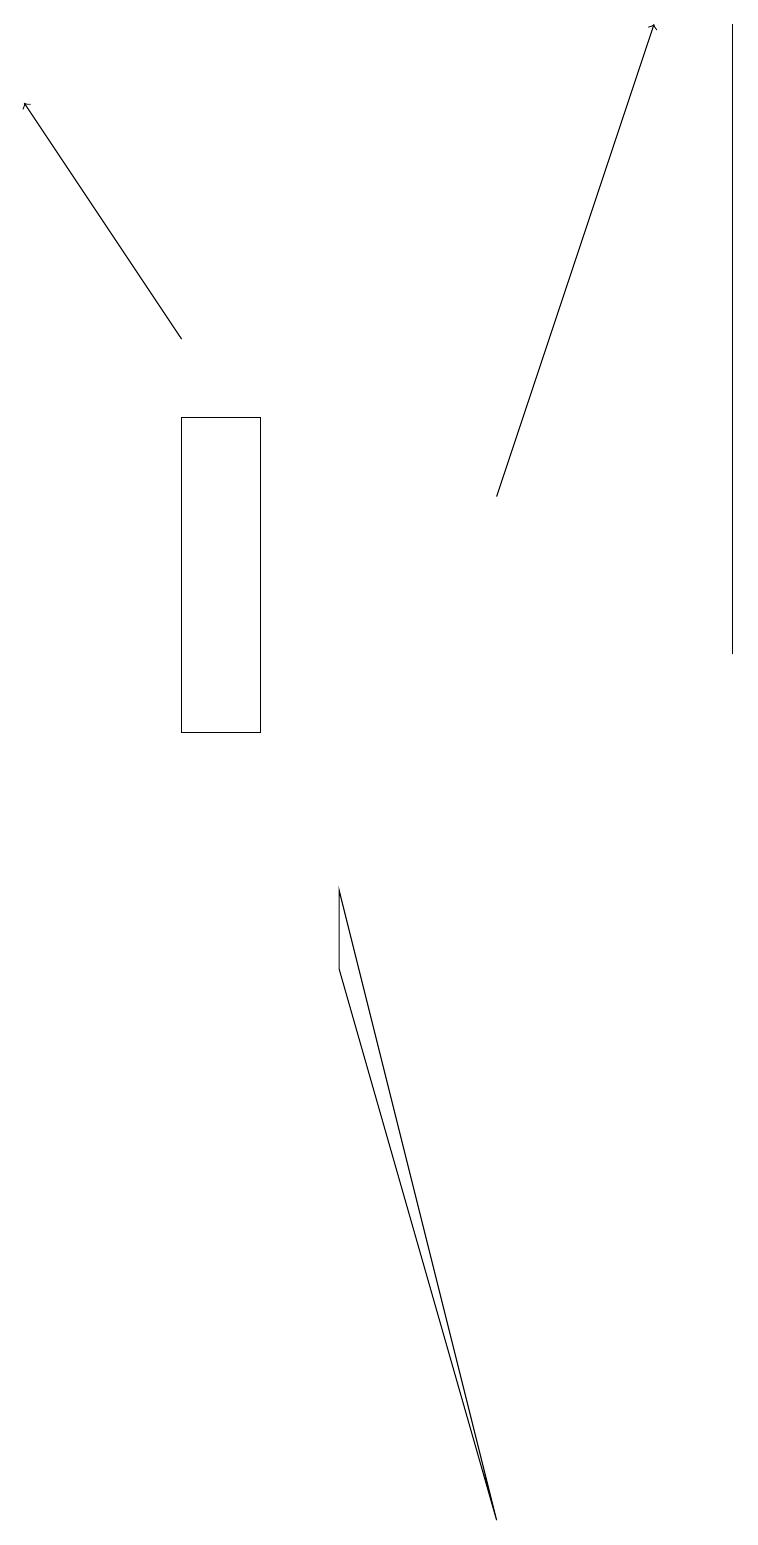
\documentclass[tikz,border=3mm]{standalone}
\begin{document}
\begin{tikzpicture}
\draw (3,10) rectangle (2,14);
\draw (6,0) -- (4,8) -- (4,7) -- cycle;
\draw[->] (6,13) -- (8,19);
\draw (9,11) rectangle (9,19);
\draw[->] (2,15) -- (0,18);
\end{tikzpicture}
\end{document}